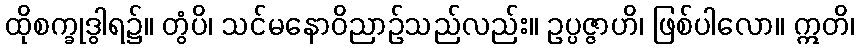
ထိုစက္ခုဒွါရ၌။ တွံပိ၊ သင်မနောဝိညာဉ်သည်လည်း။ ဥပ္ပဇ္ဇာဟိ၊ ဖြစ်ပါလော။ ဣတိ၊